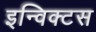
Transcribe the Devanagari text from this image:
इन्विक्टस